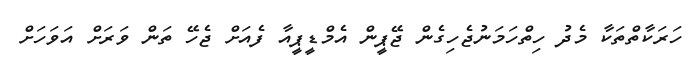
ހަރަކާތްތަކާ މެދު ހިތްހަމަނުޖެހިގެން ޖޭޕީން އެމްޑީޕީއާ ފެއަށް ޖެހޭ ތަން ވަރަށް އަވަހަށް